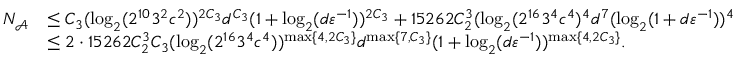
\begin{array} { r l } { N _ { \mathcal { A } } } & { \leq C _ { 3 } ( \log _ { 2 } ( 2 ^ { 1 0 } 3 ^ { 2 } \mathfrak { c } ^ { 2 } ) ) ^ { 2 C _ { 3 } } d ^ { C _ { 3 } } ( 1 + \log _ { 2 } ( d { \varepsilon } ^ { - 1 } ) ) ^ { 2 C _ { 3 } } + 1 5 2 6 2 C _ { 2 } ^ { 3 } ( \log _ { 2 } ( 2 ^ { 1 6 } 3 ^ { 4 } \mathfrak { c } ^ { 4 } ) ^ { 4 } d ^ { 7 } ( \log _ { 2 } ( 1 + d { \varepsilon } ^ { - 1 } ) ) ^ { 4 } } \\ & { \leq 2 \cdot 1 5 2 6 2 C _ { 2 } ^ { 3 } C _ { 3 } ( \log _ { 2 } ( 2 ^ { 1 6 } 3 ^ { 4 } \mathfrak { c } ^ { 4 } ) ) ^ { \operatorname* { m a x } \{ 4 , 2 C _ { 3 } \} } d ^ { \operatorname* { m a x } \{ 7 , C _ { 3 } \} } ( 1 + \log _ { 2 } ( d { \varepsilon } ^ { - 1 } ) ) ^ { \operatorname* { m a x } \{ 4 , 2 C _ { 3 } \} } . } \end{array}